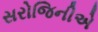
સરોજિનીએ